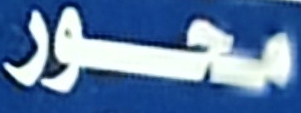
محور